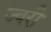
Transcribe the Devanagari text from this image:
ज्वरी